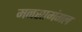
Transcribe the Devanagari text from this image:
मनसामंगल